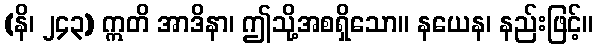
(နိ၊ ၂၄၃) ဣတိ အာဒိနာ၊ ဤသို့အစရှိသော။ နယေန၊ နည်းဖြင့်။